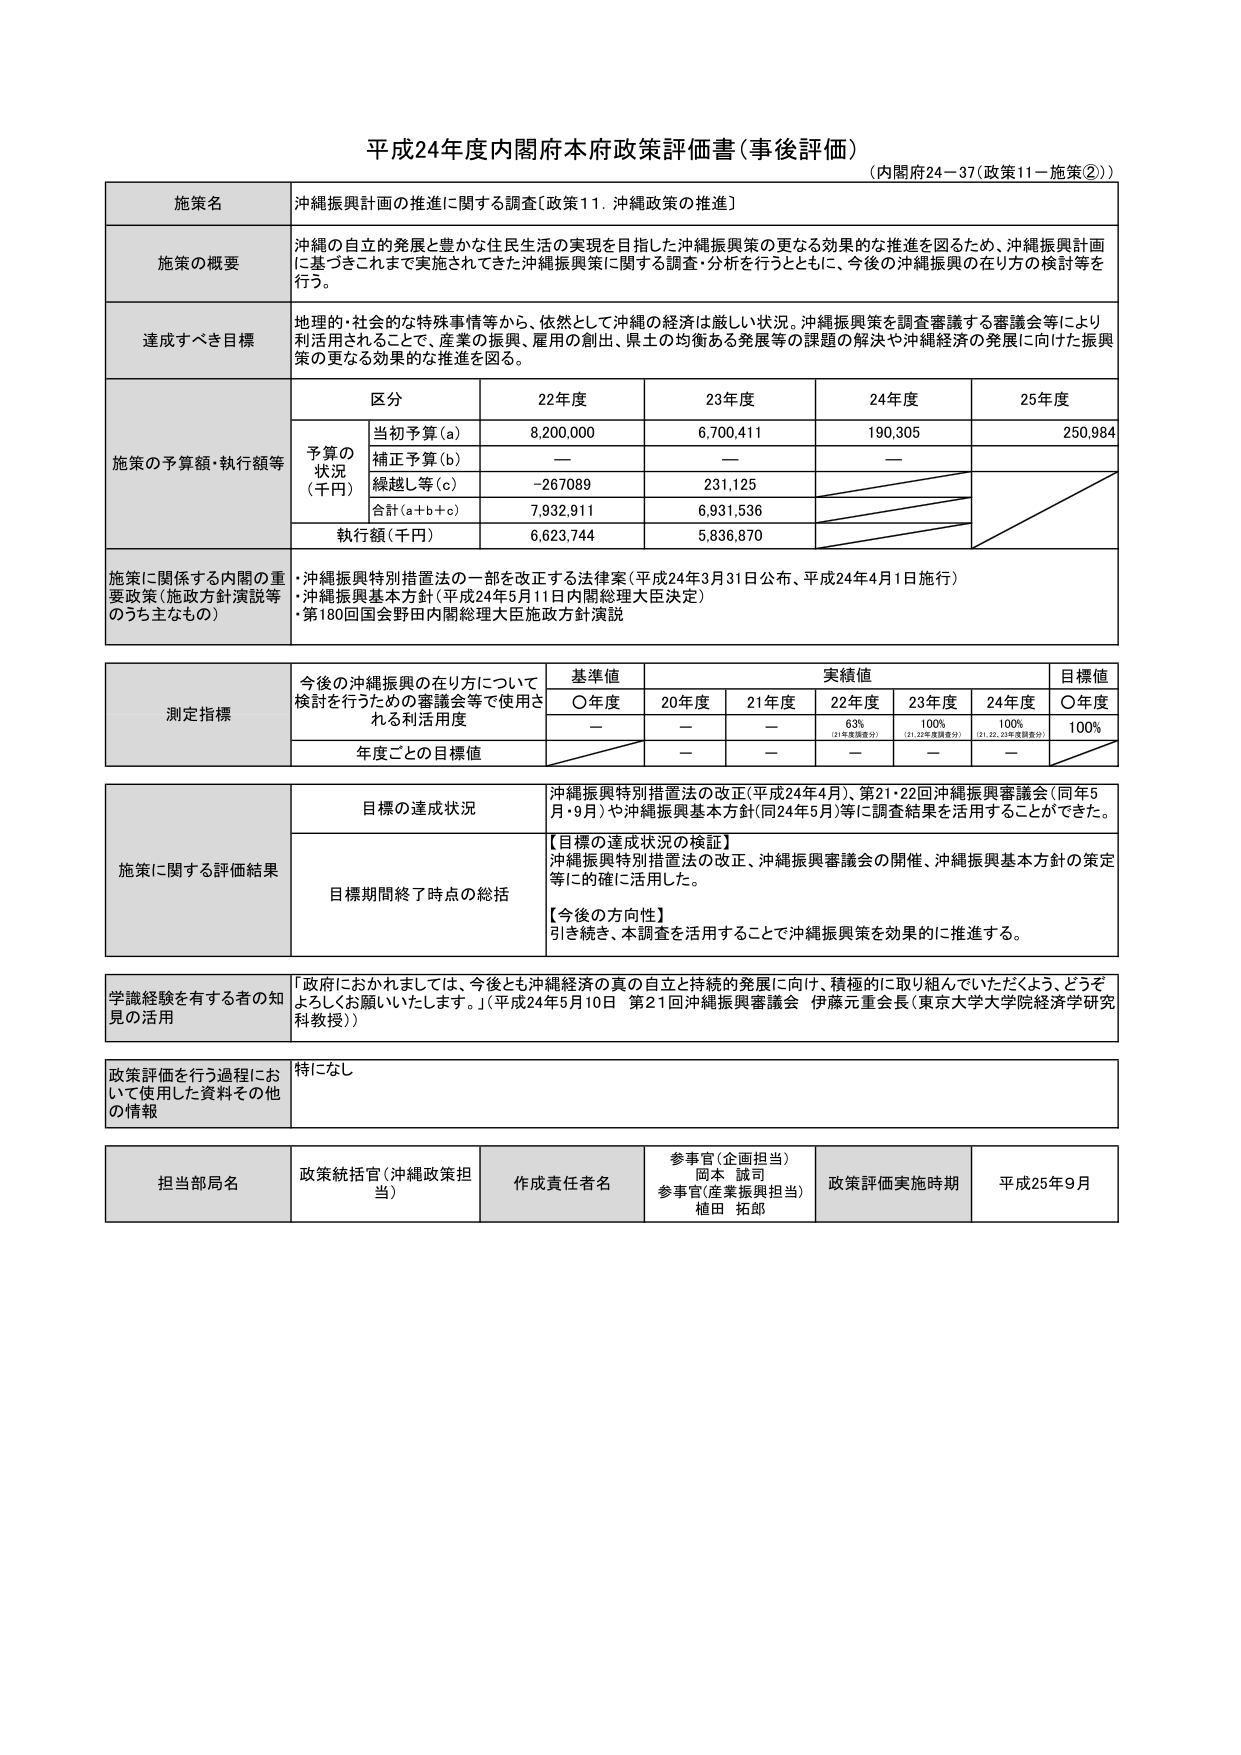
平成24年度内閣府本府政策評価書（事後評価）
（内閣府24－37（政策11－施策②））

施策名
沖縄振興計画の推進に関する調査〔政策11．沖縄政策の推進〕

施策の概要
沖縄の自立的発展と豊かな住民生活の実現を目指した沖縄振興策の更なる効果的な推進を図るため、沖縄振興計画に基づきこれまで実施されてきた沖縄振興策に関する調査・分析を行うとともに、今後の沖縄振興の在り方の検討等を行う。

達成すべき目標
地理的・社会的な特殊事情等から、依然として沖縄の経済は厳しい状況。沖縄振興策を調査審議する審議会等により利活用されることで、産業の振興、雇用の創出、県土の均衡ある発展等の課題の解決や沖縄経済の発展に向けた振興策の更なる効果的な推進を図る。

施策の予算額・執行額等
区 分
22年度
23年度
24年度
25年度
予算の状況（千円）
当初予算（a）
8,200,000
6,700,411
190,305
250,984
補正予算（b）
—
—
—
繰越し等（c）
－267,089
231,125
合計（a＋b＋c）
7,932,911
6,931,536
執行額（千円）
6,623,744
5,836,870

施策に関係する内閣の重要政策（施政方針演説等のうち主なもの）
・沖縄振興特別措置法の一部を改正する法律案（平成24年3月31日公布、平成24年4月1日施行）
・沖縄振興基本方針（平成24年5月11日内閣総理大臣決定）
・第180回国会野田内閣総理大臣施政方針演説

測定指標
今後の沖縄振興の在り方について検討を行うための審議会等で使用される利活用度
基準値
実績値
目標値
〇年度
20年度
21年度
22年度
23年度
24年度
〇年度
—
—
—
63%
（21年度調査分）
100%
（21、22年度調査分）
100%
（21、22、23年度調査分）
100%
年度ごとの目標値
—
—
—
—

施策に関する評価結果
目標の達成状況
沖縄振興特別措置法の改正（平成24年4月）、第21・22回沖縄振興審議会（同年5月・9月）や沖縄振興基本方針（同24年5月）等に調査結果を活用することができた。
目標期間終了時点の総括
【目標の達成状況の検証】
沖縄振興特別措置法の改正、沖縄振興審議会の開催、沖縄振興基本方針の策定等に的確に活用した。
【今後の方向性】
引き続き、本調査を活用することで沖縄振興策を効果的に推進する。

学識経験を有する者の知見の活用
「政府におかれましては、今後とも沖縄経済の真の自立と持続的発展に向け、積極的に取り組んでいただくよう、どうぞよろしくお願いいたします。」（平成24年5月10日 第21回沖縄振興審議会 伊藤元重会長（東京大学大学院経済学研究科教授））

政策評価を行う過程において使用した資料その他 の情報
特になし

担当部局名
政策統括官（沖縄政策担当）
作成責任者名
参事官（企画担当） 岡本 誠司
参事官（産業振興担当） 植田 拓郎
政策評価実施時期
平成25年9月